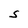
Character: S